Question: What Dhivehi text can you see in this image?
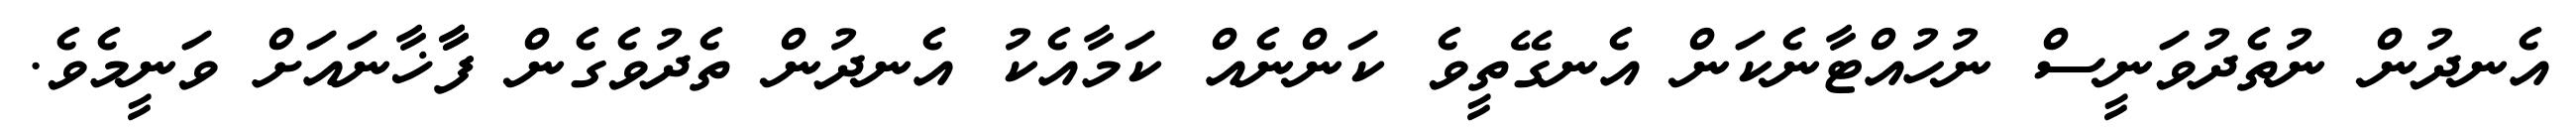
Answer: އެނދުން ނުތެދުވަނީސް ނުހުއްޓާނެކަން އެނގޭތީވެ ކަންނެއް ކަމާއެކު އެނދުން ތެދުވެގެން ފާާޚާނައަށް ވަނީމެވެ.